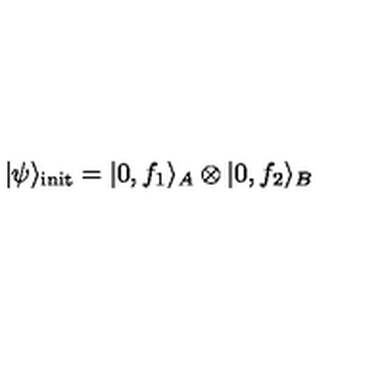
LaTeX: | \psi \rangle _ { \mathrm { i n i t } } = | 0 , f _ { 1 } \rangle _ { A } \otimes | 0 , f _ { 2 } \rangle _ { B }